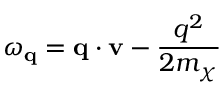
\omega _ { \mathbf { q } } = \mathbf { q } \cdot \mathbf { v } - \frac { q ^ { 2 } } { 2 m _ { \chi } }